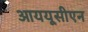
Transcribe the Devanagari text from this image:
आययूसीएन